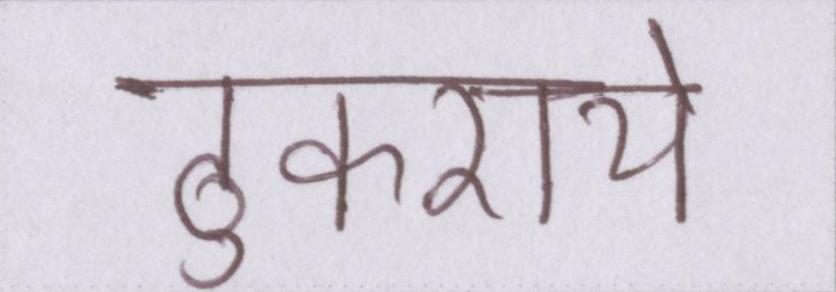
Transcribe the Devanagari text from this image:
ठुकराये